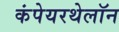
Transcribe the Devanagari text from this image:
कंपेयरथेलॉन